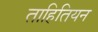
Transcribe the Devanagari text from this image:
ताहितियन